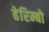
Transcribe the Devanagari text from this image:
हेरिम्बो